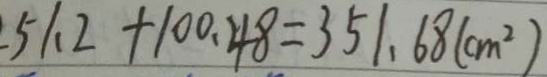
5 1 . 2 + 1 0 0 . 4 8 = 3 5 1 . 6 8 ( c m ^ { 2 } )